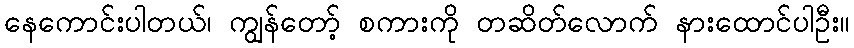
နေကောင်းပါတယ်၊ ကျွန်တော့် စကားကို တဆိတ်လောက် နားထောင်ပါဦး။